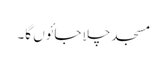
مسجد چلا جائوں گا۔